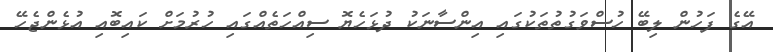
އޭގެ ފަހުން ލިބޭ ހުސްވަގުތުތަކުގައި އިންސާނަކު ދުޅަހެޔޮ ސިއްހަތެއްގައި ހުރުމަށް ކައިބޮއި އުޅެންޖެހޭ